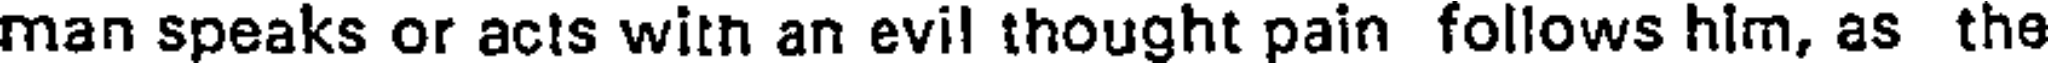
man speaks or acts witn an evil thought pain follows hlm, as the